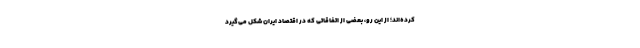
کرده‌اند؛ از این رو، بعضی از اتفاقاتی که در اقتصاد ایران شکل می‌گیرد